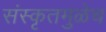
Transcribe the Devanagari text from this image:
संस्कृतमुळेच